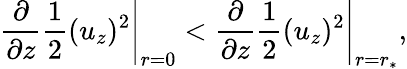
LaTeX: \left.{\frac{\partial}{\partial z}\frac{1}{2}(u_{z})^{2}}\right|_{r=0}<\left.{\frac{\partial}{\partial z}\frac{1}{2}(u_{z})^{2}}\right|_{r=r_{\ast}},